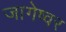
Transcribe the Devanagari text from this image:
जागेष्वर